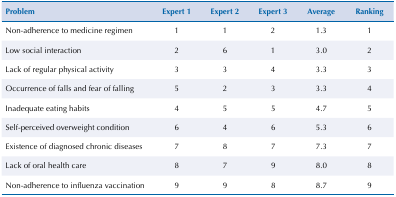
| Problem | Expert 1 | Expert 2 | Expert 3 | Average | Ranking |
 | --- | --- | --- | --- | --- | --- |
 | Non-adherence to medicine regimen | 1 | 1 | 2 | 1.3 | 1 |
 | Low social interaction | 2 | 6 | 1 | 3.0 | 2 |
 | Lack of regular physical activity | 3 | 3 | 4 | 3.3 | 3 |
 | Occurrence of falls and fear of falling | 5 | 2 | 3 | 3.3 | 4 |
 | Inadequate eating habits | 4 | 5 | 5 | 4.7 | 5 |
 | Self-perceived overweight condition | 6 | 4 | 6 | 5.3 | 6 |
 | Existence of diagnosed chronic diseases | 7 | 8 | 7 | 7.3 | 7 |
 | Lack of oral health care | 8 | 7 | 9 | 8.0 | 8 |
 | Non-adherence to influenza vaccination | 9 | 9 | 8 | 8.7 | 9 |